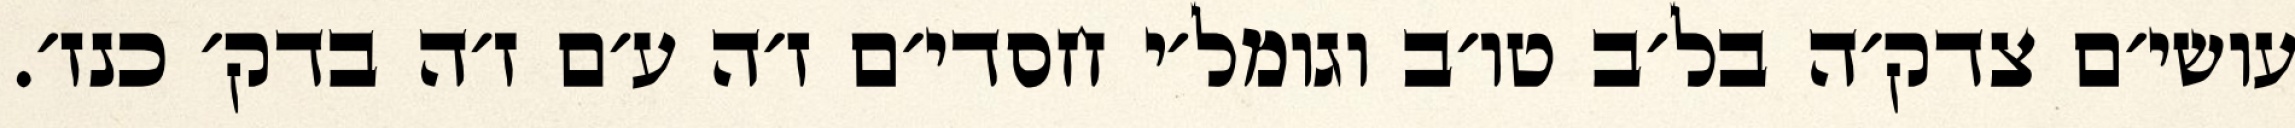
עושי׳ם צדק׳ה בל׳ב טו׳ב וגומל׳י חסדי׳ם ז׳ה ע׳ם ז׳ה בדק׳ כנז׳.